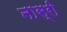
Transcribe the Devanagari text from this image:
नास्री